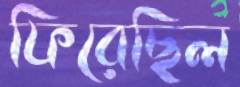
ফিরেছিল